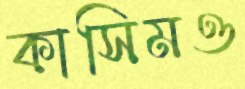
কাসিমও